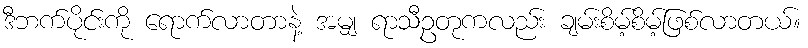
ဒီဘက်ပိုင်းကို ရောက်လာတာနဲ့ အမျှ ရာသီဥတုကလည်း ချမ်းစိမ့်စိမ့်ဖြစ်လာတယ်။